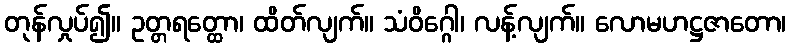
တုန်လှုပ်၍။ ဥတ္တရတ္ထော၊ ထိတ်လျက်။ သံဝိဂ္ဂေါ၊ လန့်လျက်။ လောမဟဋ္ဌဇာတော၊